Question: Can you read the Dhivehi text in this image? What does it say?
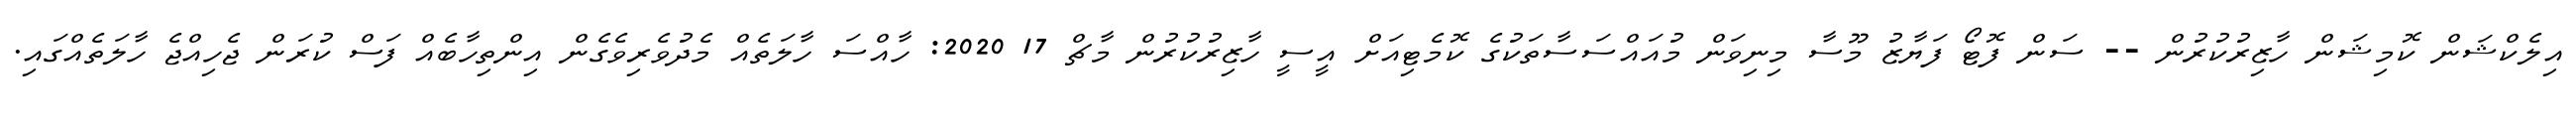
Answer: އިލެކްޝަން ކޮމިޝަން ހާޒިރުކުރުން -- ސަން ފޮޓޯ ފަޔާޒު މޫސާ މިނިވަން މުއައްސަސާތަކުގެ ކޮމެޓިއަށް އީސީ ހާޒިރުކުރުން މާޗް 17 2020: ހާއްސަ ހާލަތެއް މެދުވެރިވެގެން އިންތިހާބެއް ފަސް ކުރަން ޖެހިއްޖެ ހާލަތެއްގައި.